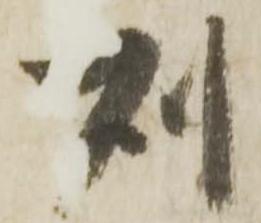
則